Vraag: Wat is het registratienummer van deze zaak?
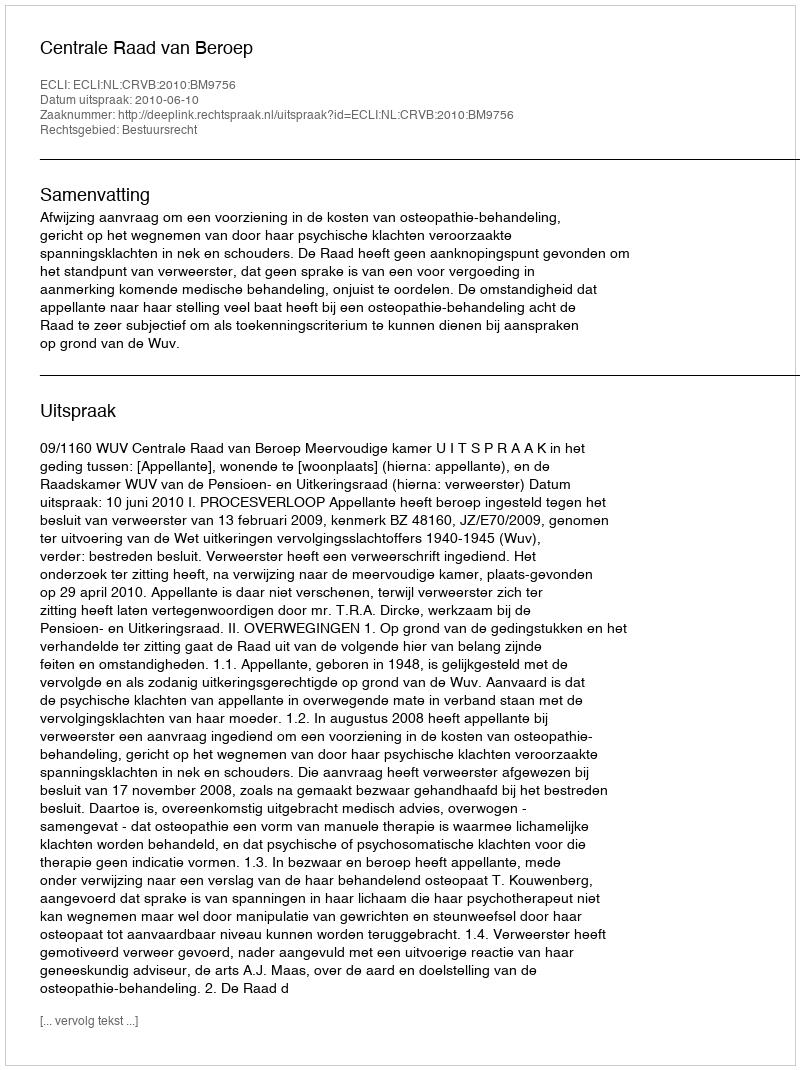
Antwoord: http://deeplink.rechtspraak.nl/uitspraak?id=ECLI:NL:CRVB:2010:BM9756